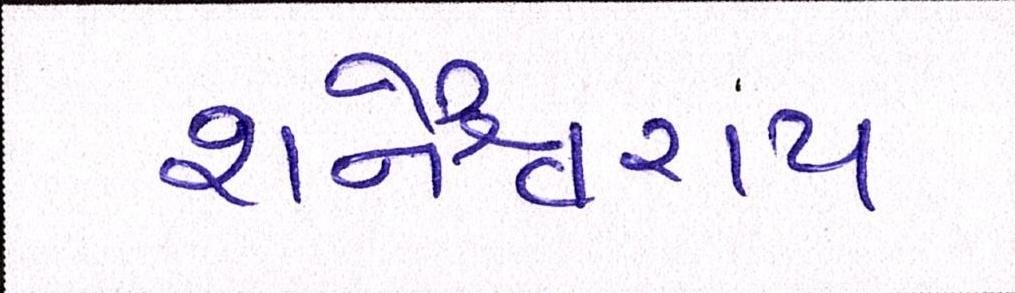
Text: શનૈશ્ચરાય